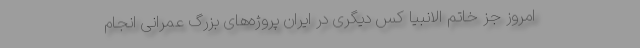
امروز جز خاتم الانبیا کس دیگری در ایران پروژه‌های بزرگ عمرانی انجام